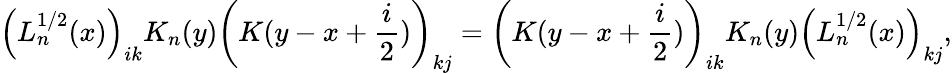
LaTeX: \left(L_{n}^{1/2}(x)\right)_{ik}K_{n}(y)\left(K(y-x+\frac{i}{2})\right)_{kj}=\left(K(y-x+\frac{i}{2})\right)_{ik}K_{n}(y)\left(L_{n}^{1/2}(x)\right)_{kj},